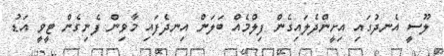
ލޫސީ އެނދުގައި އިށީންދެލައިގެން ފިލްމެއް ބަލަން އިނދެފައި މާވިން ފެނިގެން ޓީވީ އަޑު